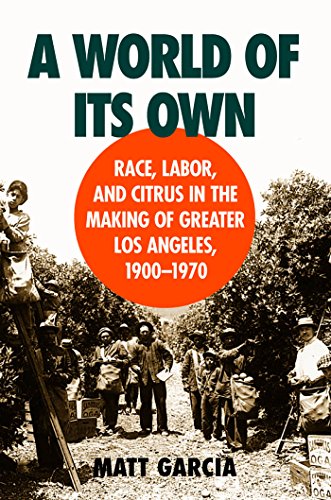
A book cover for A World of Its Own: Race, Labor, and Citrus in the Making of Greater Los Angeles, 1900-1970; Matt Garcia; Politics & Social Sciences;